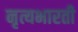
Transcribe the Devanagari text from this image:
नृत्यभारती